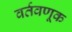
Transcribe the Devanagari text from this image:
वर्तवणूक